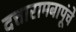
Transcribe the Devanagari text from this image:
दत्तारामबापूंचे